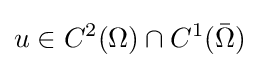
u\in C^{2}(\Omega )\cap C^{1}({\bar {\Omega }})